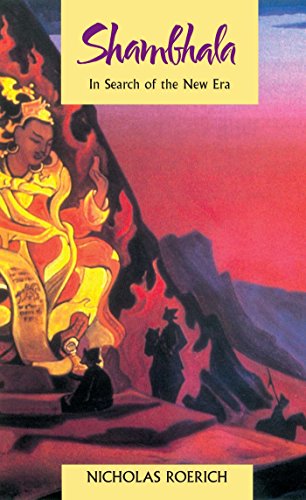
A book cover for Shambhala: In Search of the New Era; Nicholas Roerich; Travel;